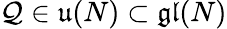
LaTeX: \mathcal{Q}\in\mathfrak{{u}}(N)\subset\mathfrak{{gl}}(N)